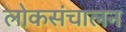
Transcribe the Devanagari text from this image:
लोकसंचालन